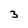
Character: 3